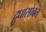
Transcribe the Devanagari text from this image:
दुधासोबत